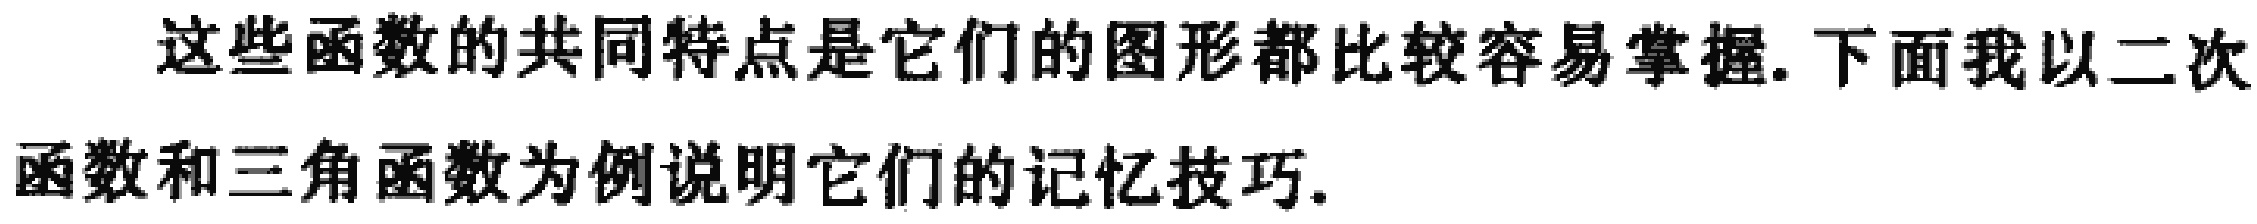
这些函数的共同特点是它们的图形都比较容易掌握.下面我以二次函数和三角函数为例说明它们的记忆技巧.